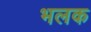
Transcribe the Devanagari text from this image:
भलक